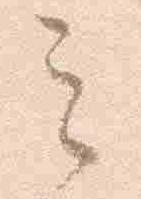
云